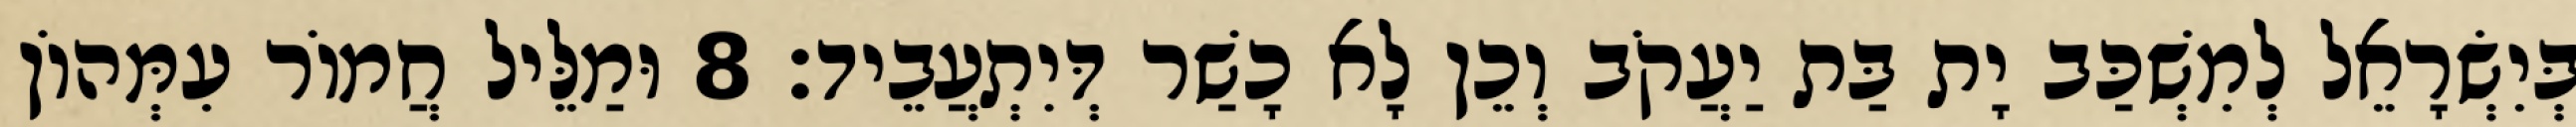
בְּיִשְׂרָאֵל לְמִשְׁכַּב יָת בַּת יַעֲקֹב וְכֵן לָא כָשַׁר דְּיִתְעֲבֵיד׃ 8 וּמַלֵּיל חֲמוֹר עִמְּהוֹן